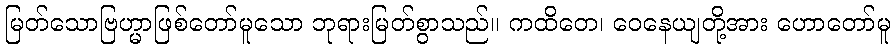
မြတ်သောဗြဟ္မာဖြစ်တော်မူသော ဘုရားမြတ်စွာသည်။ ကထိတေ၊ ဝေနေယျတို့အား ဟောတော်မူ